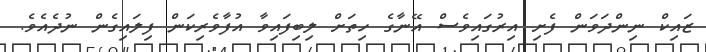
ޒައިކް ނިންދަވަން ފެށި އިރުގައިވެސް އޭނާގެ ހިތަށް ލިބިފައިވާ އުފާވެރިކަން ފިލައިގެން ނުދެއެވެ.